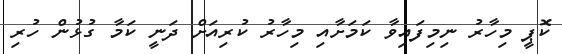
ކޮޕީ މިހާރު ނިމިފައިވާ ކަމަށާއި މިހާރު ކުރިއަށް ދަނީ ކަމާ ގުޅުން ހުރި